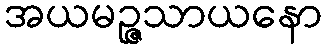
အယမဉ္ဇသာယနော